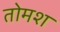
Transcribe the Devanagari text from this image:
तोमश